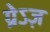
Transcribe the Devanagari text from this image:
ग्रेऽज़